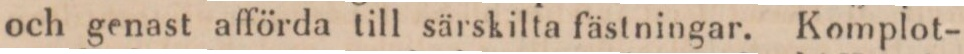
och genast afförda till särskilta fästningar. Komplot-